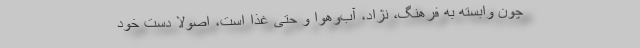
چون وابسته به فرهنگ، نژاد، آب‌و‌هوا و حتی غذا است، اصولا دستِ خودِ